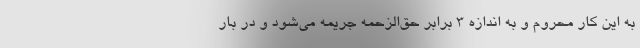
به این کار محروم و به اندازه ۳ برابر حق‌الزحمه جریمه می‌شود و در بار